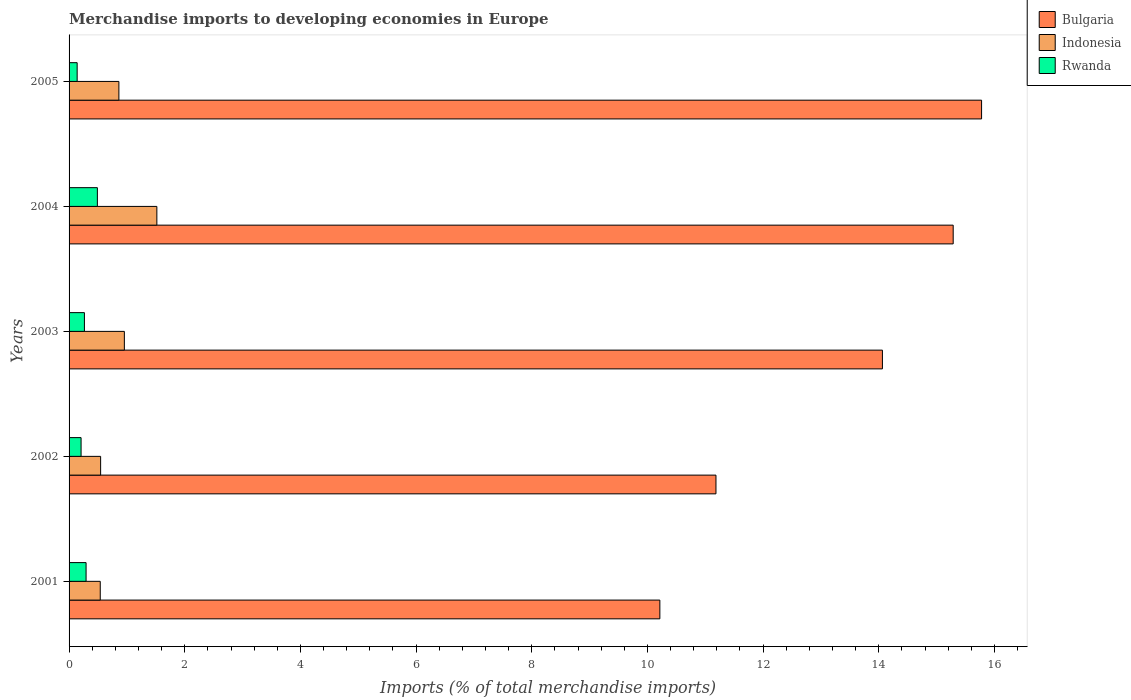
| Years | Bulgaria | Indonesia | Rwanda |
 | --- | --- | --- | --- |
 | 2001 | 10.2 | 0.539 | 0.294 |
 | 2002 | 11.2 | 0.546 | 0.208 |
 | 2003 | 14.1 | 0.956 | 0.265 |
 | 2004 | 15.3 | 1.52 | 0.489 |
 | 2005 | 15.8 | 0.861 | 0.14 |